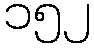
၁၅၂